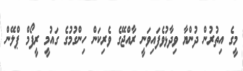
މީގެ އިތުރުން ދުންޔާ ވިދާޅުވެފައިވަނީ ރާއްޖޭގެ ވެރިކަން ހިންގުމުގެ ގައުމީ ރީފޯމް ޕްލޭން